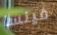
فينسا